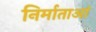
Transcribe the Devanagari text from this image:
निर्माताआं